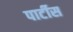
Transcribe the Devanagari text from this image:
पार्टीस